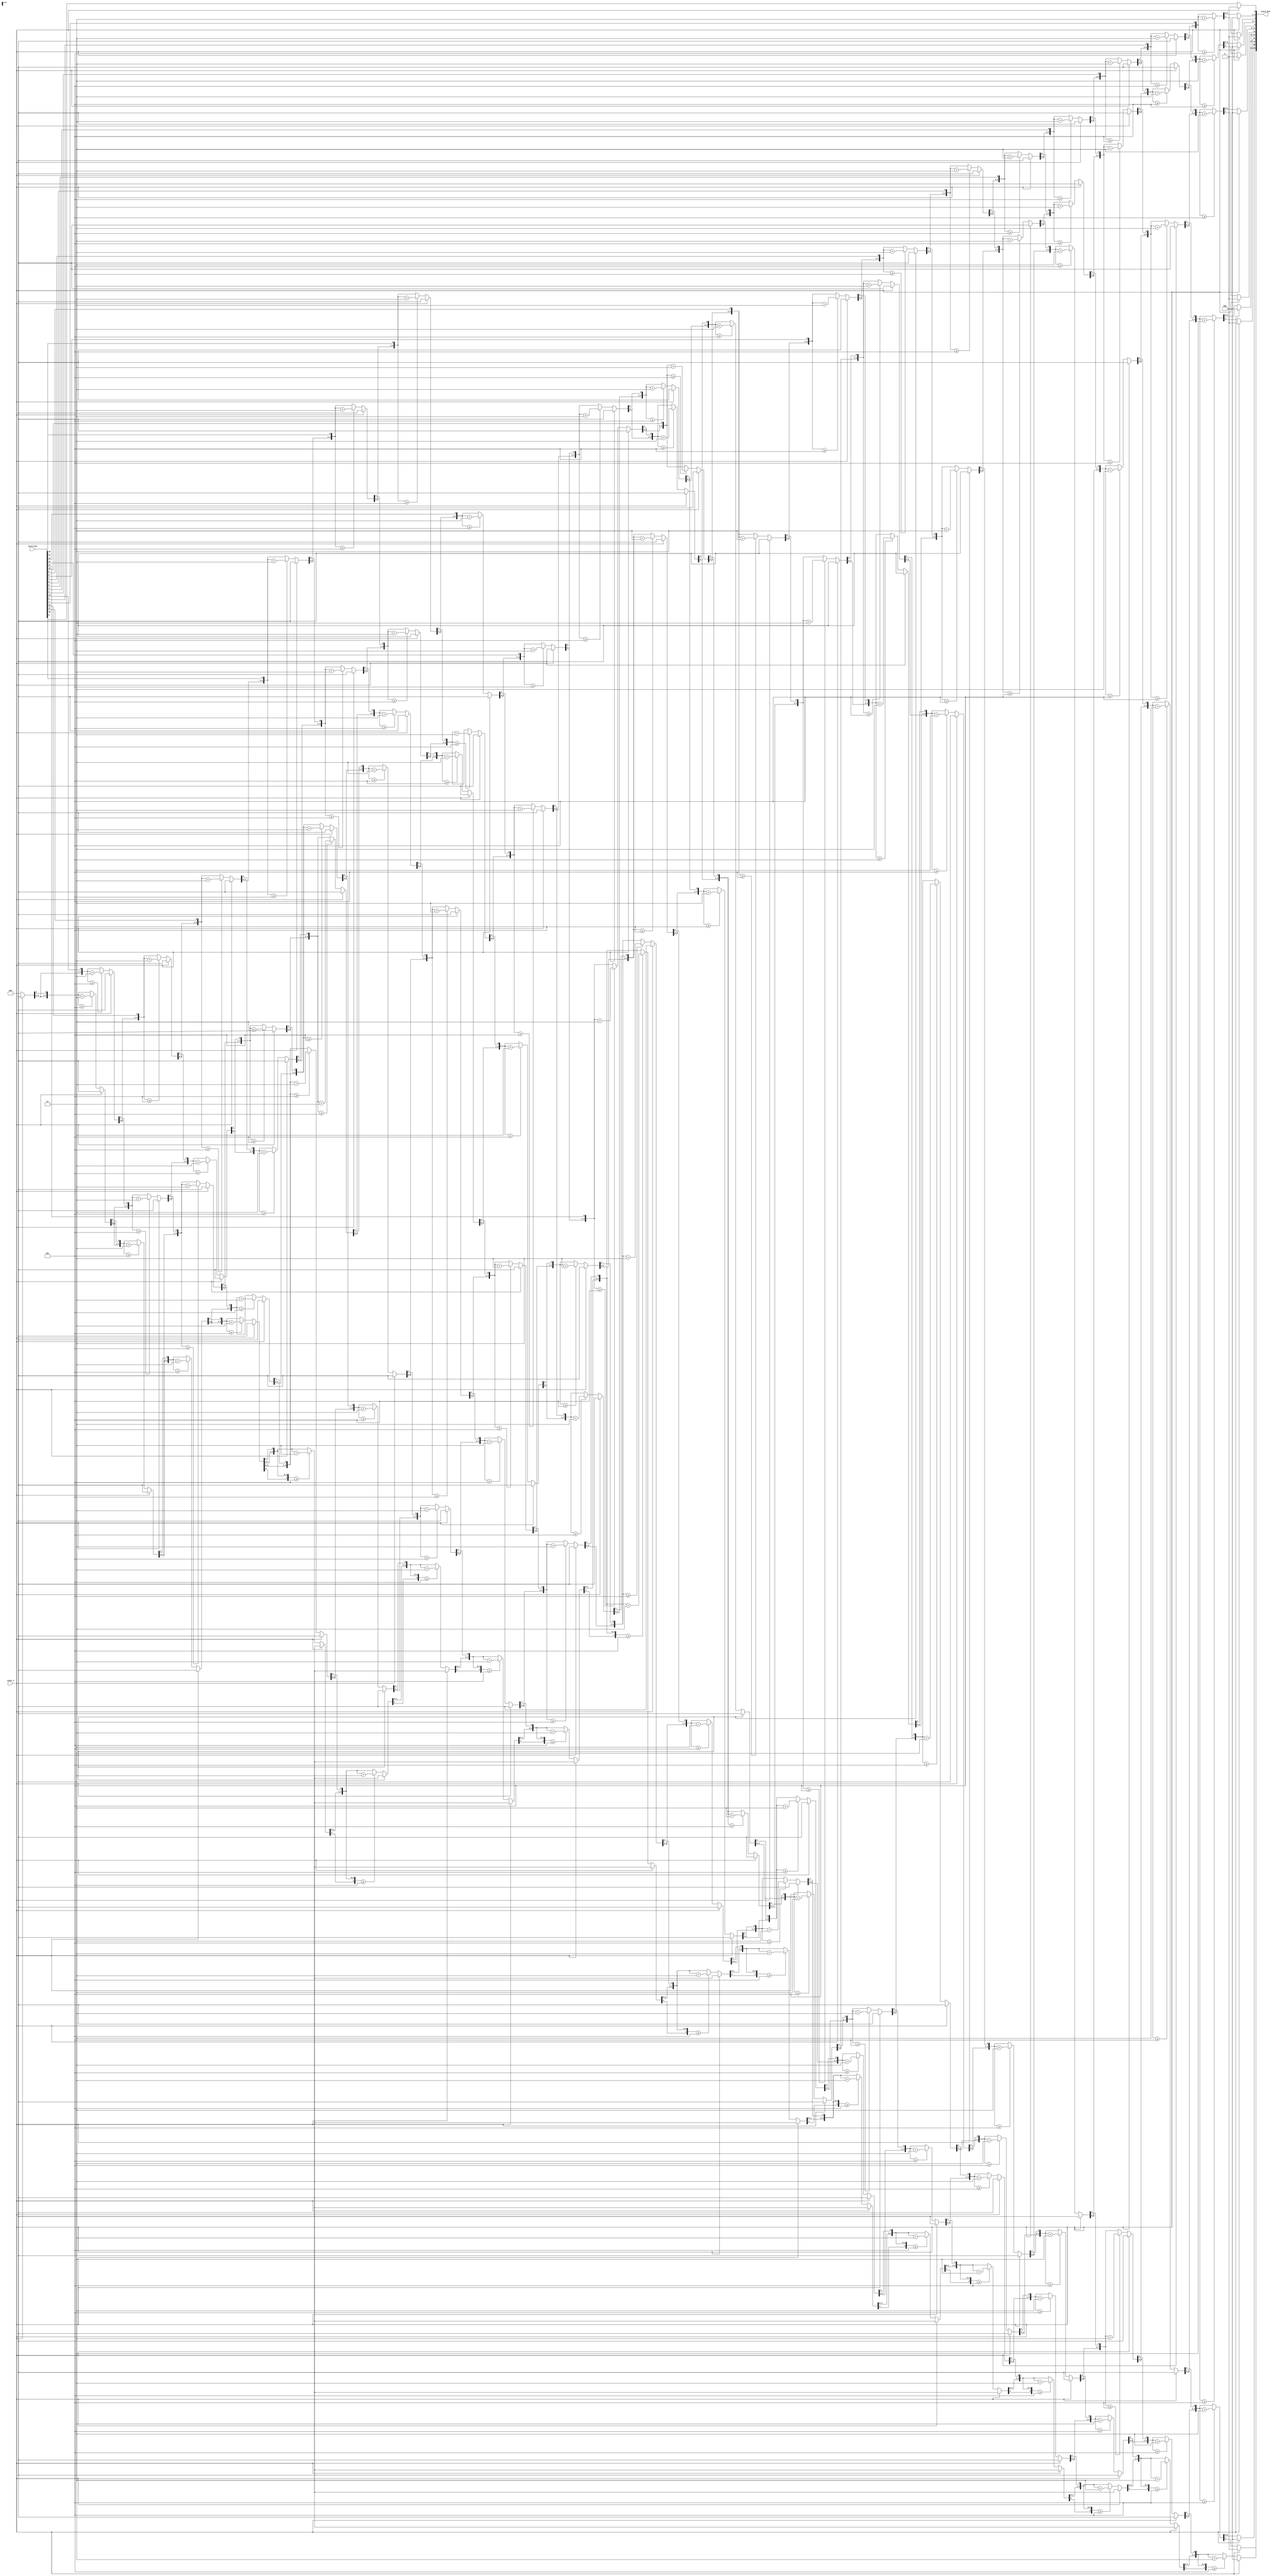
module bcd_converter(
						input reset_n,
						input [19:0] score_bin,
						
						output reg [23:0] score_bcd
						);
	integer i;
	
	always@(*)
	begin
		if (~reset_n)
		begin
			score_bcd = 24'd0;
			
			for (i=19; i>=0; i=i-1)
			begin
				if (score_bcd[23:20] >= 5)
					score_bcd[23:20] = score_bcd[23:20]+3;
					
				if (score_bcd[19:16] >= 5)
					score_bcd[19:16] = score_bcd[19:16]+3;
					
				if (score_bcd[15:12] >= 5)
					score_bcd[15:12] = score_bcd[15:12]+3;
					
				if (score_bcd[11:8] >= 5)
					score_bcd[11:8] = score_bcd[11:8]+3;
					
				if (score_bcd[7:4] >= 5)
					score_bcd[7:4] = score_bcd[7:4]+3;
					
				if (score_bcd[3:0] >= 5)
					score_bcd[3:0] = score_bcd[3:0]+3;
					
				score_bcd[23:20] = score_bcd[23:20] << 1;
				score_bcd[20] = score_bcd[19];
				
				score_bcd[19:16] = score_bcd[19:16] << 1;
				score_bcd[16] = score_bcd[15];
				
				score_bcd[15:12] = score_bcd[15:12] << 1;
				score_bcd[12] = score_bcd[11];
				
				score_bcd[11:8] = score_bcd[11:8] << 1;
				score_bcd[8] = score_bcd[7];
				
				score_bcd[7:4] = score_bcd[7:4] << 1;
				score_bcd[4] = score_bcd[3];
				
				score_bcd[3:0] = score_bcd[3:0] << 1;
				score_bcd[0] = score_bin[i];
				
			end
		
		end
		
		else score_bcd <= 24'd0;
		
	end
	
endmodule